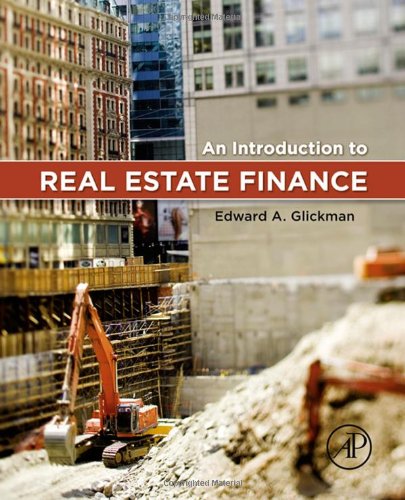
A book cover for An Introduction to Real Estate Finance; Edward Glickman; Business & Money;